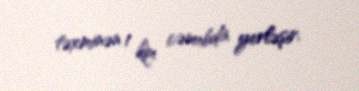
təxminən 1 km cənubda yerləşir.